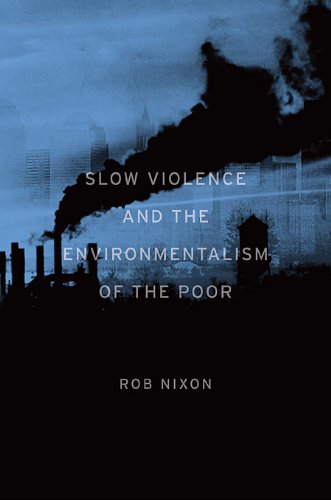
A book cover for Slow Violence and the Environmentalism of the Poor; Rob Nixon; Science & Math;